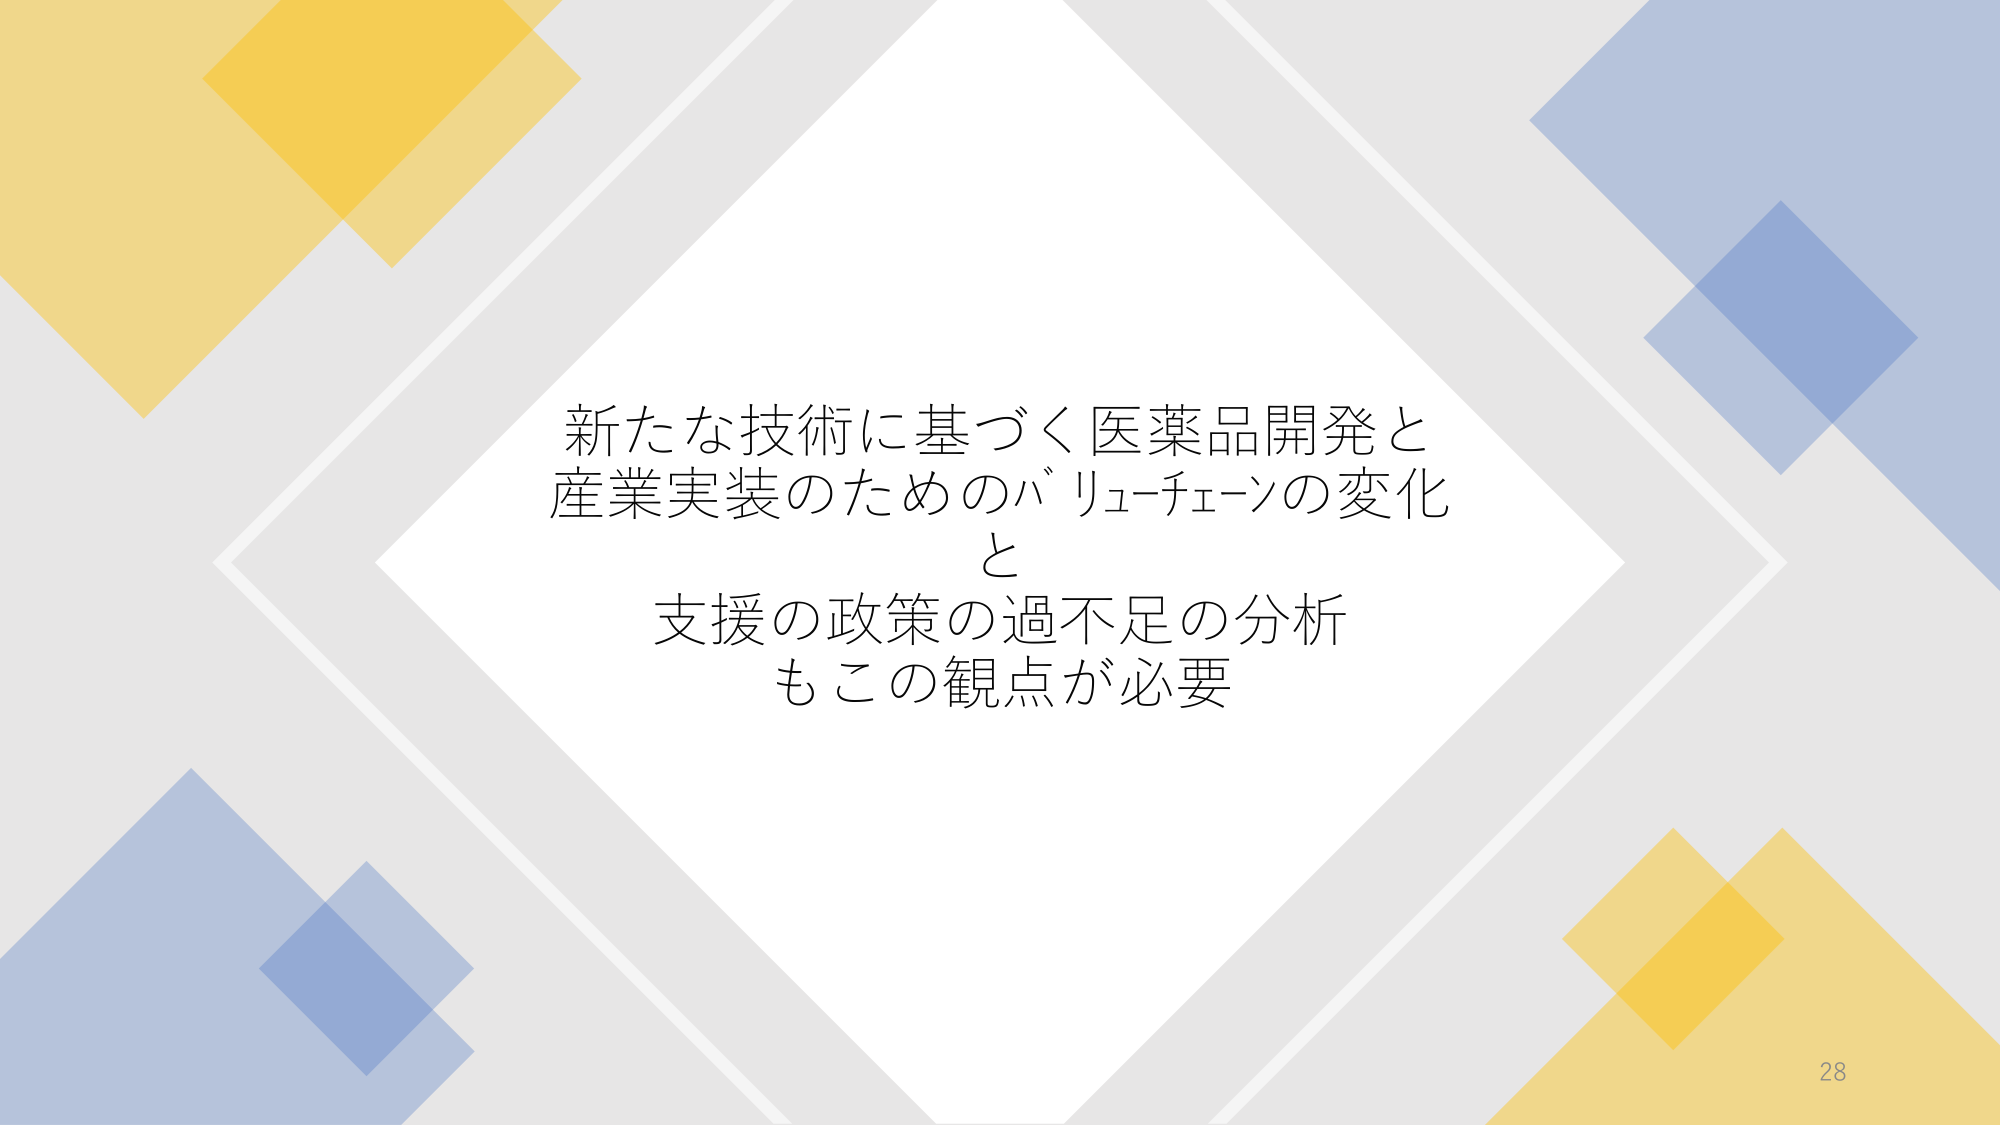
新たな技術に基づく医薬品開発と
産業実装のためのバリューチェーンの変化
と
支援の政策の過不足の分析
もこの観点が必要

28